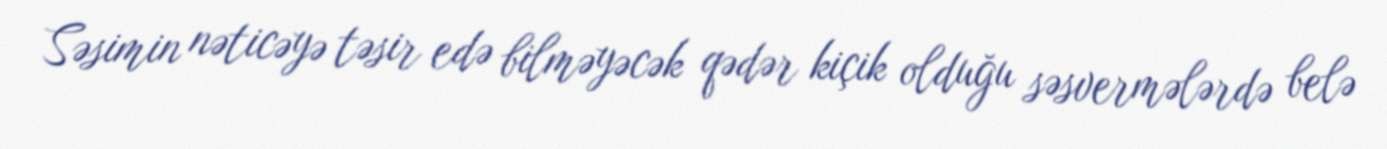
Səsimin nəticəyə təsir edə bilməyəcək qədər kiçik olduğu səsvermələrdə belə